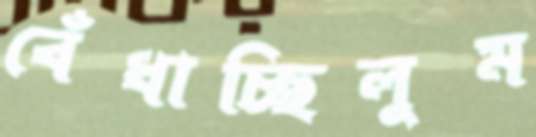
বেঁধাচ্ছিলুম